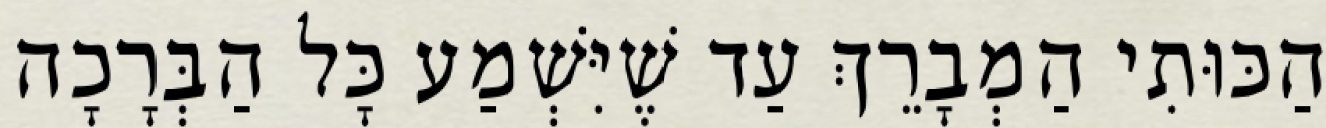
הַכּוּתִי הַמְבָרֵךְ עַד שֶׁיִּשְׁמַע כָּל הַבְּרָכָה